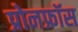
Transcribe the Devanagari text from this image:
प्रोनफ्रॉस